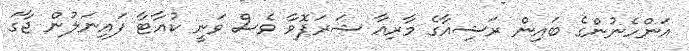
އަންހެނުންގެ ބައިން ރަޝިއާގެ މާރިއާ ޝަރަޕޮވާ ވެސް ވަނީ ކުއާޓާ ފައިނަލުން ޖާގަ